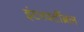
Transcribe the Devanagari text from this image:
इंटरवर्टीब्रल